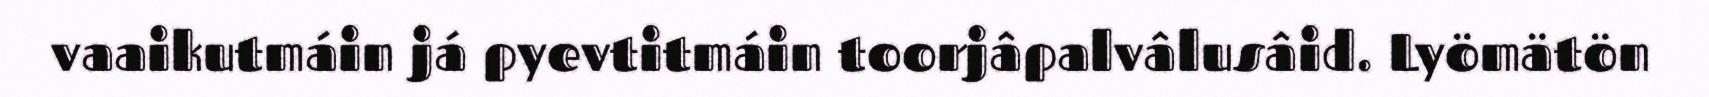
vaaikutmáin já pyevtitmáin toorjâpalvâlusâid. Lyömätön